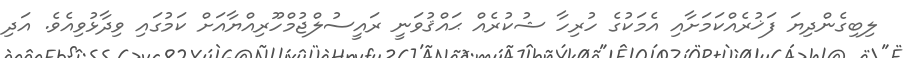
ލިބިގެންދިޔަ ފަޚުރެއްކަމަށާއި އެމަކުގެ ހުރިހާ ޝުކުރެއް ޙައްޤުވަނީ ރައީސުލްޖުމްހޫރިއްޔާއަށް ކަމުގައި ވިދާޅުވިއެވެ. އަދި